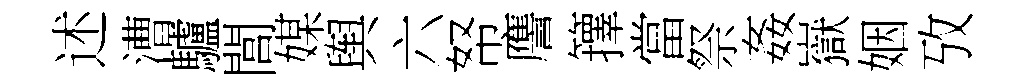
述漕驢閭媒舆六帑譍籜當祭姦嶽姻攷